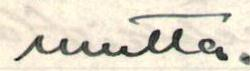
vuutta.